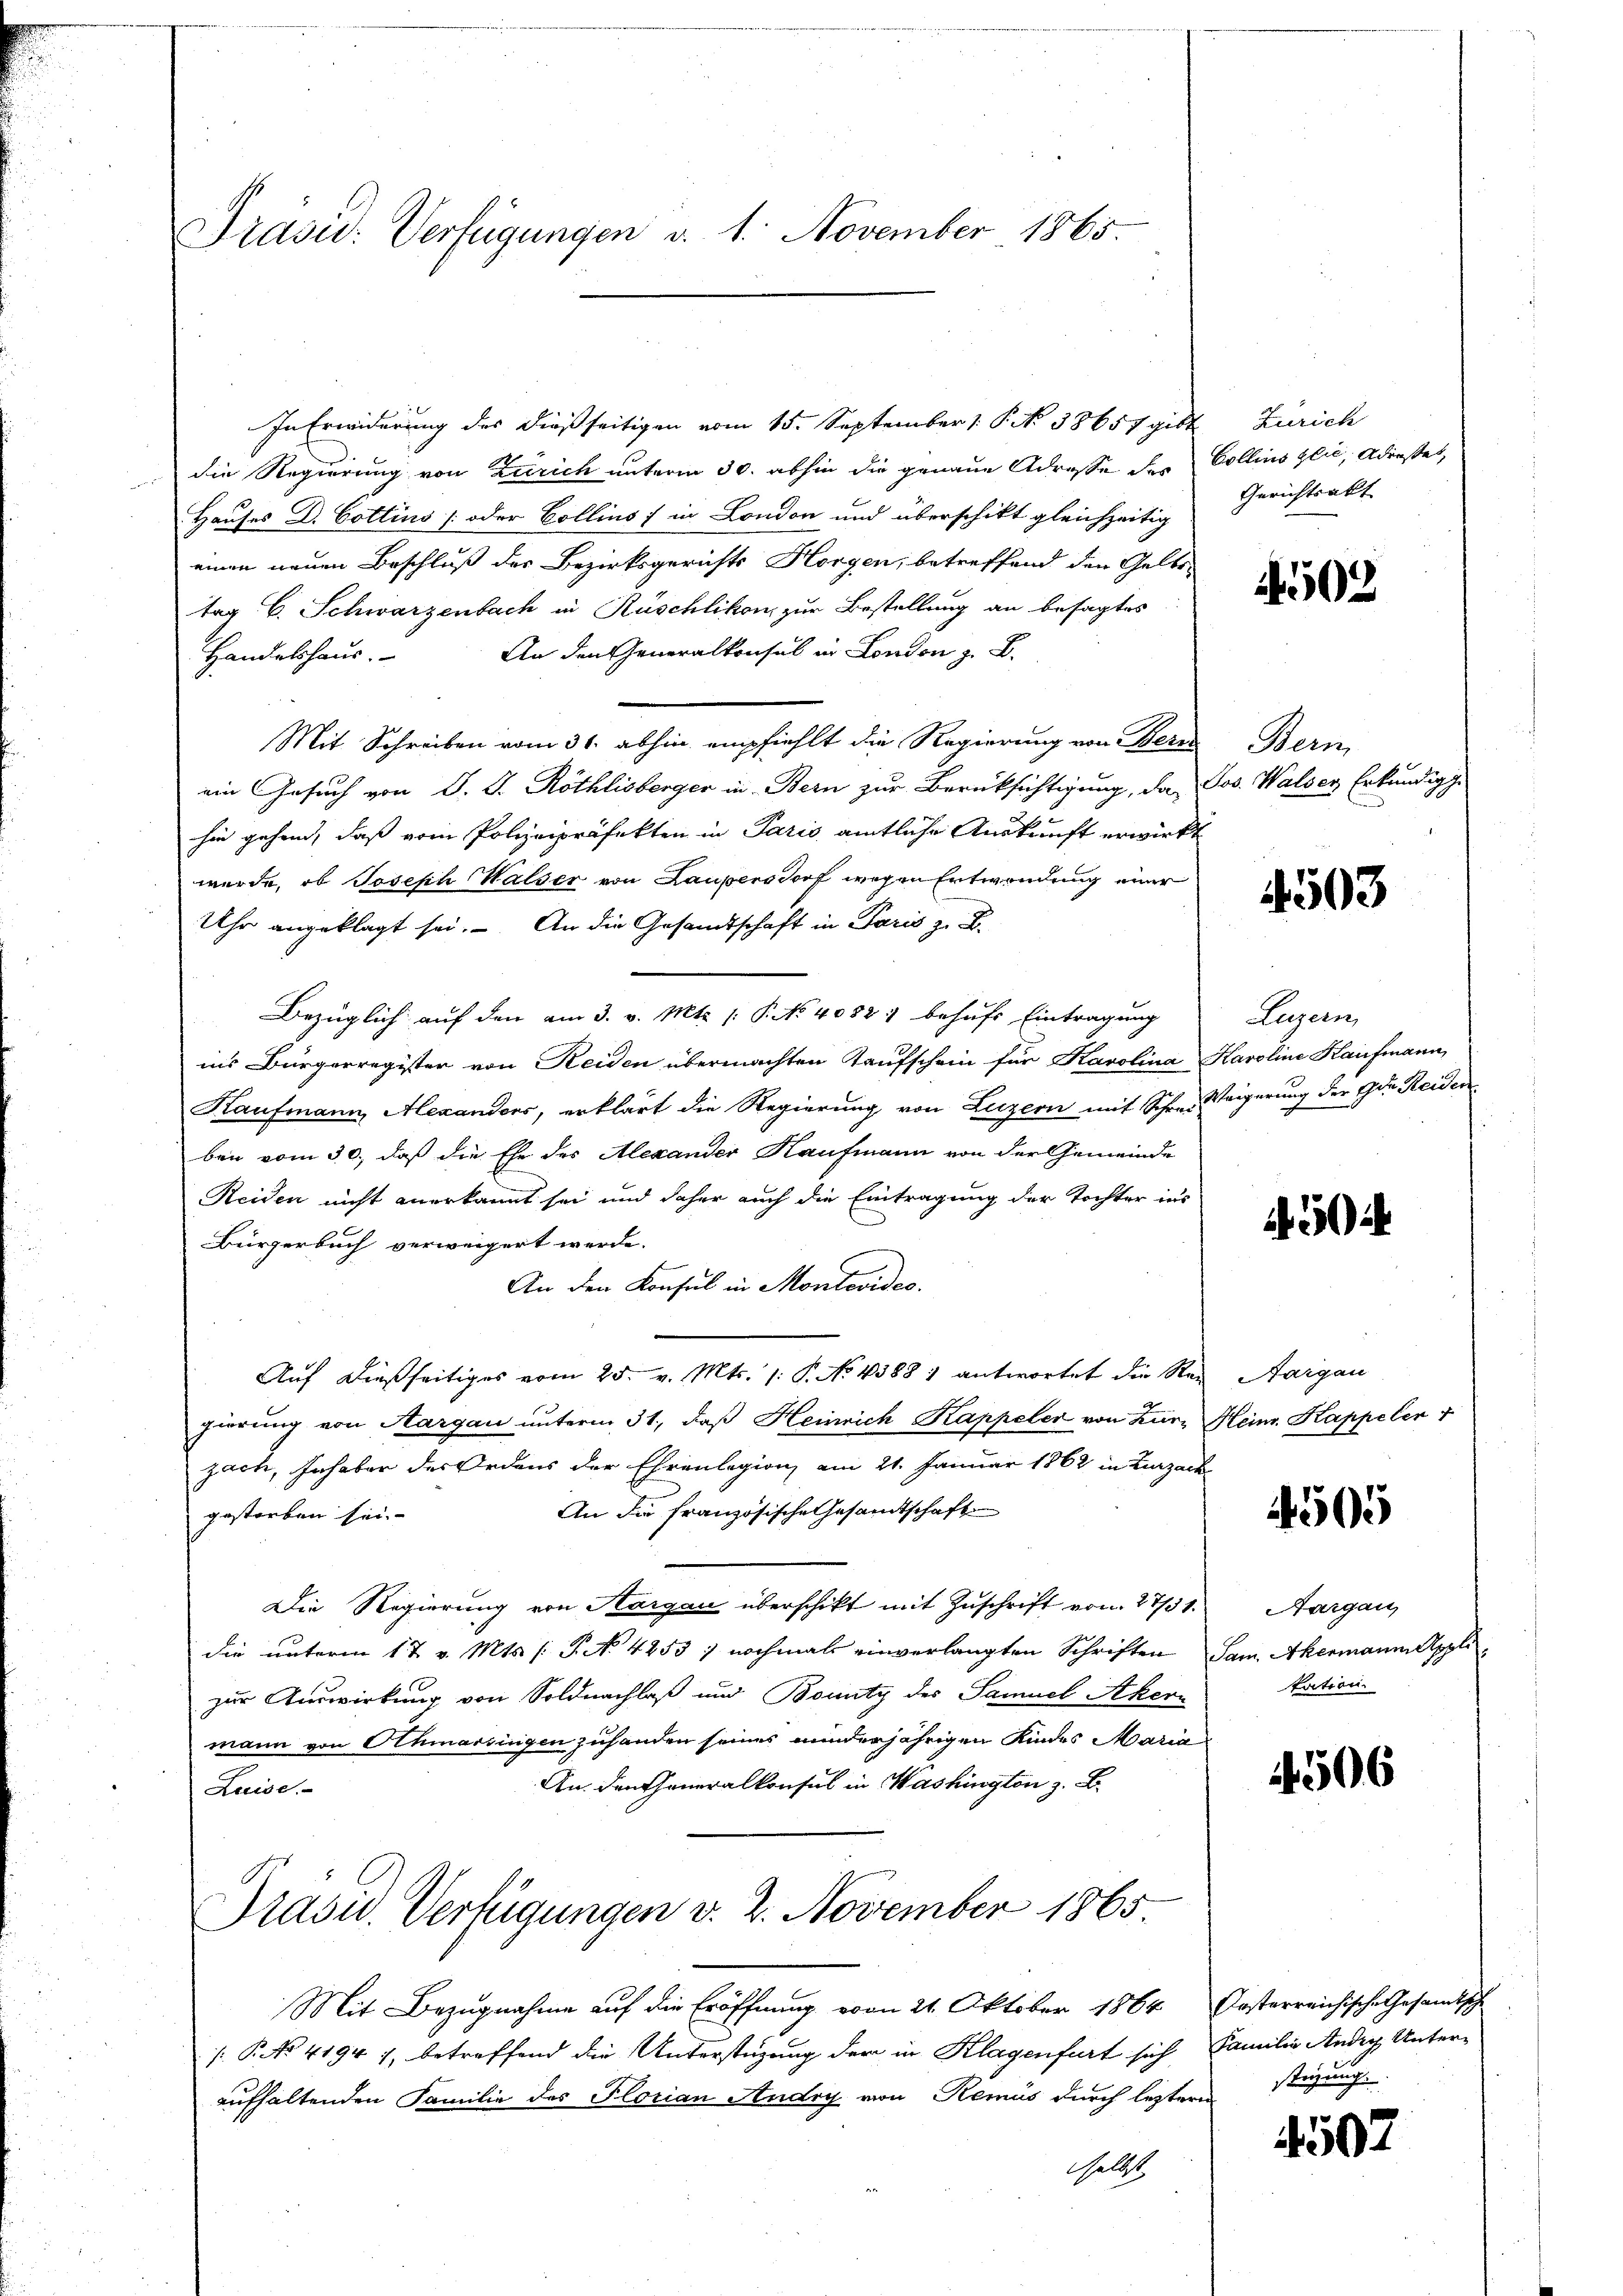
Präsid. Verfügungen d. 1. November 1865.

In Erwiderung des dießseitigen vom 15. September 1. P. N. 38657 gibt Zürich
die Regierung von Zürich unterm 30. abhin die genaue Adresse des Collins glie, Adresset,
Hauses D. Cottins [oder Collins; in London und überschikt gleichzeitig
einen neuen Beschluß des Bezirksgerichts Horgen, betreffend den Gelbe
tag C. Schwarzenbach in Rüschlikon zur Bestellung an besagtes
An den Generalkonsul in London z. B.
Handelshaus.
Mit Schreiben vom 31. abhin empfiehlt die Regierung von Bern
ein Gesuch von d. J. Röthlisberger in Bern zur Berücksichtigung, da, Jos. Walser Erkundige
hin gehend, daß vom Polizeipräfekten in Paris amtliche Auskunft erwirkt
wurde, ob Joseph Walser von Laupersdorf wegen Entwendung einer
Uhr angeklagt sei. An die Gesandtschaft in Paris z. B.
Bezüglich auf den am 3. v. Mts. (: P. No 4082 behufs Eintragung
ins Bürgerregister von Reiden übermachten Kaufschein für Karolina Karoline Kaufmann,
Kaufmann, Alexanders, erklärt die Regierung von Luzern mit Schres Weigerung der Ida Reiden
ben vom 30. daß die Ehe des Alexander Kaufmann von der Gemeinde
Reiden nicht anerkannt sei und daher auch die Eintragung der Tochter ins
Bürgerbuch verweigert werde.
An den Konsul in Montevideo
Auf dießseitiges vom 25. v. Mts. /: P. No 4388 1 antwortet die Rei Aargau
gierung von Aargau unterm 31. daβ Heinrich Kappeler von Zürz Heim. Kappeler
zach, Inhaber der Ordens der Ehrenlegion, am 21. Januar 1862 in Lizard
An die französische Gesandtschaft
gestorben sei- |
Die Regierung von Aargau überschikt mit Zuschrift von 27/31.
die unterm 17 v. Mts. (T. N. 4253; nochmals einverlangten Schriften Sam. Akermann Appli
zur Auswirkung von Soldnachlaß und Bounty des Samuel Akern
mann von Athmarsingen zuhanden seines minderjährigen Kindes Maria¬
An den Generalkonsul in Washington z. B.
Luise
Prasw. Verfügungen v. 2. November 1865.

Mit Bezugnahme auf die Eröffnung vom 21. Oktober 1864 Oesterreichische Gesamtsche
[P No 4194 7, betreffend die Unterstüzung der in Klagenfurt sich Familie Andre Unter-
aufhaltenden Familie des Florian Andry von Remus durch letztere stüzung.
Geldst

Gerichtsakt

4502

Bern

4503

Luzern,

3

4505

Aargau
tation.

4506

4507